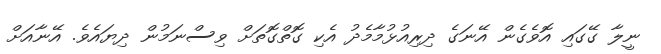
ނީލާ ގޭގައި އޮވެގެން އޭނަގެ ދިރިއުޅުމާމެދު އެކި ގޮތްގޮތަށް ވިސްނަމުން ދިޔައެވެ. އޭނާއަށް